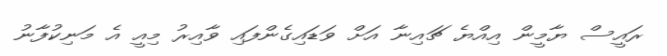
ރައީސް ޔާމީން އިއްޔެ ޗައިނާ އަށް ވަޑައިގެންފައި ވާއިރު މިއީ އެ މަނިކުފާނު